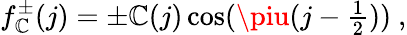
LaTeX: f_{\mathbb{C}}^{\pm}(j)=\pm\mathbb{C}(j)\cos(\piu(j-\textstyle\frac{{1}}{{2}}))~,